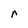
Character: r